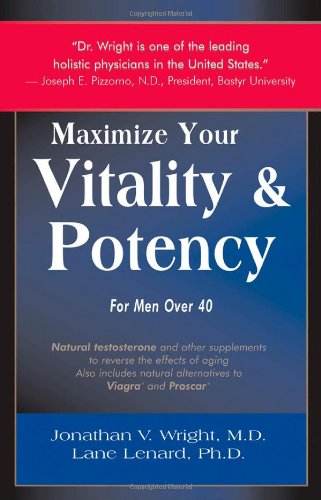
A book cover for Maximize Your Vitality & Potency; Jonathan V Wright; Parenting & Relationships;